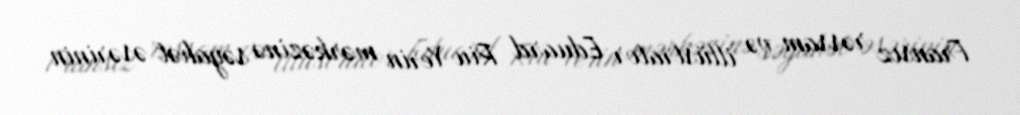
Fransız rəssam və illüstrator Eduard Riu Yerin mərkəzinə səyahət əsərinin